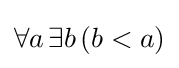
\forall a\,\exists b\,(b<a)